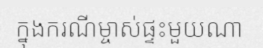
ក្នុងករណីម្ចាស់ផ្ទះមួយណា